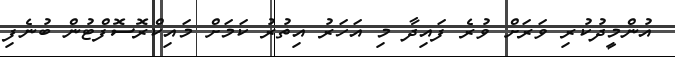
އުންމީދުކުރި ވަރަށް ވުރެ ފައިދާ މި އަހަރު އިތުރު ކަމަށް މައިކްރޮސޮފްޓުން ބުނެފި